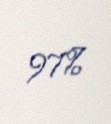
97%